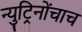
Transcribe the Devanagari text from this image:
न्युट्रिनोंचाच